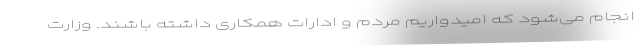
انجام می‌شود که امیدواریم مردم و ادارات همکاری داشته باشند. وزارت